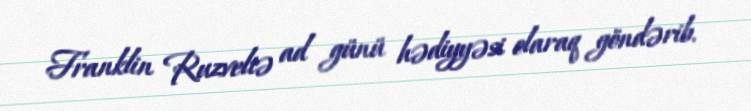
Franklin Ruzveltə ad günü hədiyyəsi olaraq göndərib.